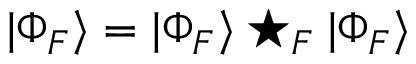
| \Phi _ { F } \rangle = | \Phi _ { F } \rangle \star _ { F } | \Phi _ { F } \rangle \,